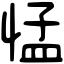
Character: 𢛴